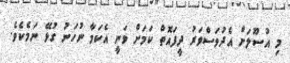
މި އުސޫލަށް އެދުވަސްވަރު ދީފައޮތް ކަމަށް ވަނީ އެކަމާ ނުހަނު ގުޅޭ ނަމެކެވެ.